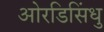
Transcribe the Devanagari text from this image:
ओरडिसिंधु